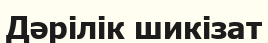
Дәрілік шикізат